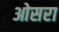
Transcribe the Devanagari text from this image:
ओसरा